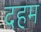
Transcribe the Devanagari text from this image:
दहम